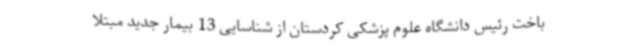
باخت رئیس دانشگاه علوم پزشکی کردستان از شناسایی 13 بیمار جدید مبتلا